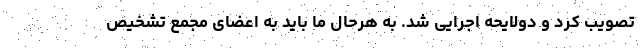
تصویب کرد و دولایحه اجرایی شد. به هرحال ما باید به اعضای مجمع تشخیص